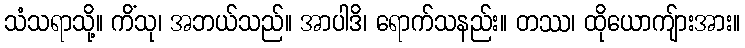
သံသရာသို့။ ကိံသု၊ အဘယ်သည်။ အာပါဒိ၊ ရောက်သနည်း။ တဿ၊ ထိုယောကျ်ားအား။